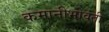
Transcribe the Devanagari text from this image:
कमानीभोवती